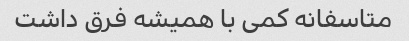
متاسفانه کمی با همیشه فرق داشت